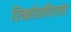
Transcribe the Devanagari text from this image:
रिक्शोसपिटालेट